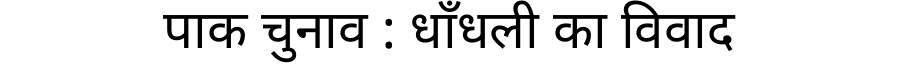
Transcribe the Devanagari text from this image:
पाक चुनाव : धाँधली का विवाद